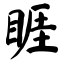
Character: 睚